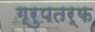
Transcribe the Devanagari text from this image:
ग्रुपतर्फ